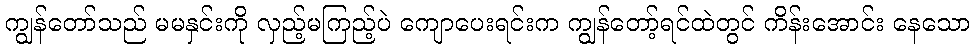
ကျွန်တော်သည် မမနှင်းကို လှည့်မကြည့်ပဲ ကျောပေးရင်းက ကျွန်တော့်ရင်ထဲတွင် ကိန်းအောင်း နေသော